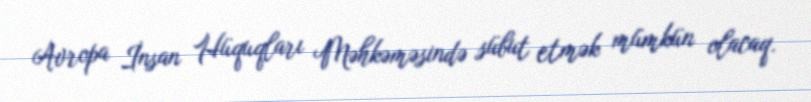
Avropa İnsan Hüquqları Məhkəməsində sübut etmək mümkün olacaq.